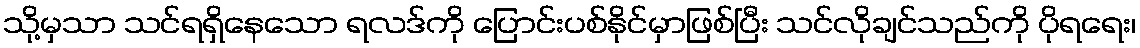
သို့မှသာ သင်ရရှိနေသော ရလဒ်ကို ပြောင်းပစ်နိုင်မှာဖြစ်ပြီး သင်လိုချင်သည်ကို ပိုရရေး၊